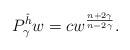
LaTeX: \begin{align*}P_{\gamma}^{\hat{h}}w=c w^{\frac{n+2\gamma}{n-2\gamma}}.\end{align*}